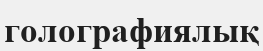
голографиялық